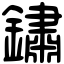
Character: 鏽